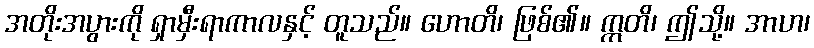
အတိုးအပွားကို ရှာမှီးရာကာလနှင့် တူသည်။ ဟောတိ၊ ဖြစ်၏။ ဣတိ၊ ဤသို့။ အာဟ၊